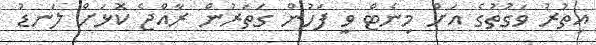
އިތުރު ވަގުތުގެ އަށް މިނެޓް ވީ ފަހުން ގަތަރުން ރާއްޖެ ކޮޅަށް ލަނޑު